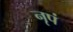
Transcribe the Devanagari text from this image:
नृपं